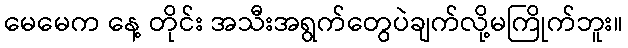
မေမေက နေ့ တိုင်း အသီးအရွက်တွေပဲချက်လို့မကြိုက်ဘူး။